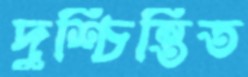
দুশ্চিন্তিত